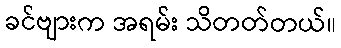
ခင်ဗျားက အရမ်း သိတတ်တယ်။